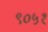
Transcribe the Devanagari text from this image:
९०५१